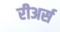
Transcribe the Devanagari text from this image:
रीअर्स